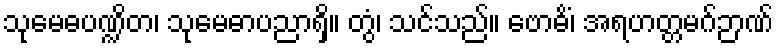
သုမေဓပဏ္ဍိတ၊ သုမေဓာပညာရှိ။ တွံ၊ သင်သည်။ ဗောဓိံ၊ အရဟတ္တမဂ်ဉာဏ်